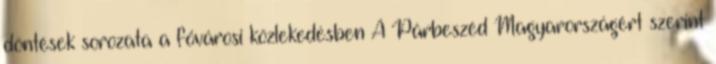
döntések sorozata a fővárosi közlekedésben A Párbeszéd Magyarországért szerint